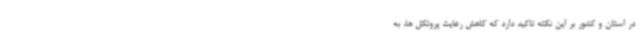
در استان و کشور بر این نکته تاکید دارد که کاهش رعایت پروتکل ها، به